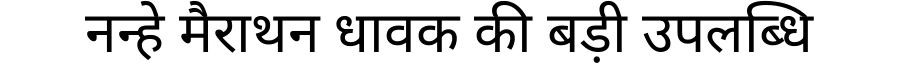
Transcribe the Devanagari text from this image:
नन्हे मैराथन धावक की बड़ी उपलब्धि